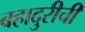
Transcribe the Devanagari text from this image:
बहादुरीची